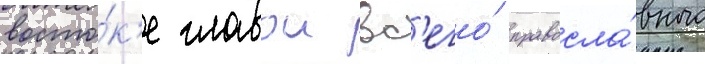
восто́к'е главои вс'его́ правосла́вного